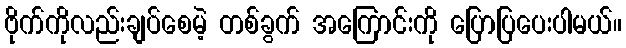
ဗိုက်ကိုလည်းချပ်စေမဲ့ တစ်ခွက် အကြောင်းကို ပြောပြပေးပါမယ်။